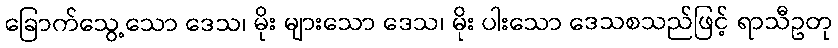
ခြောက်သွေ့သော ဒေသ၊ မိုး များသော ဒေသ၊ မိုး ပါးသော ဒေသစသည်ဖြင့် ရာသီဥတု